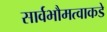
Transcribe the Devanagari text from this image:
सार्वभौमत्वाकडे